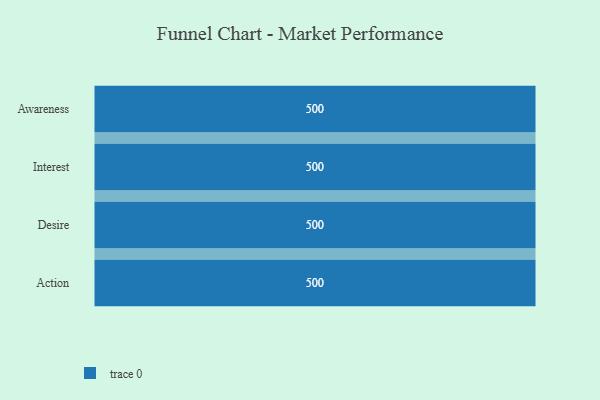
{"axis": {"x": "Stage", "y": "Value"}, "legend": [""], "data": [{"x": "Awareness", "y": 500, "type": ""}, {"x": "Interest", "y": 500, "type": ""}, {"x": "Desire", "y": 500, "type": ""}, {"x": "Action", "y": 500, "type": ""}]}